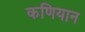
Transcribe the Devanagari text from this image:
कणियान